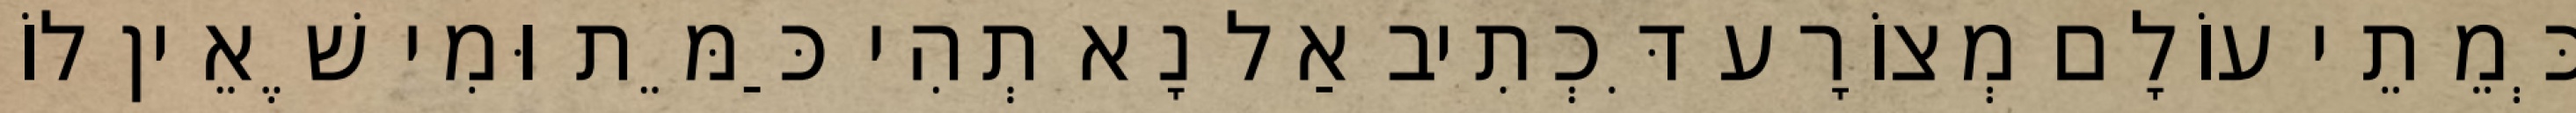
כְּמֵתֵי עוֹלָם מְצוֹרָע דִּכְתִיב אַל נָא תְהִי כַּמֵּת וּמִי שֶׁאֵין לוֹ